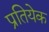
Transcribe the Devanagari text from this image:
प्रतियेक